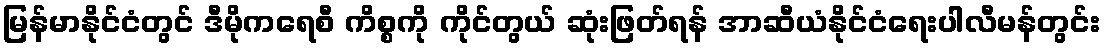
မြန်မာနိုင်ငံတွင် ဒီမိုကရေစီ ကိစ္စကို ကိုင်တွယ် ဆုံးဖြတ်ရန် အာဆီယံနိုင်ငံရေးပါလီမန်တွင်း